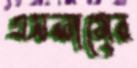
এসলামের